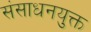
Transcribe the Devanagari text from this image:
संसाधनयुक्त